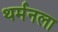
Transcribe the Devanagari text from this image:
थर्मनला